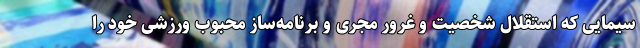
سیمایی که استقلال شخصیت و غرور مجری و برنامه‌ساز محبوب ورزشی خود را